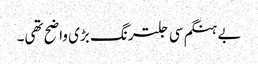
بے ہنگم سی جلترنگ بڑی واضح تھی۔